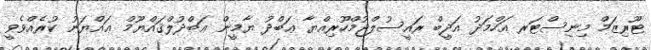
ޓޫރިޒަމް މިނިސްޓަރ އަހްމަދު އަދީބް ރައީސުލްޖުމްހޫރިއްޔާ ޢަބްދު ޔާމީން ޢަބްދުލްޤައްޔޫމް ޢައްޔަނު ކުރެއްވެވީ